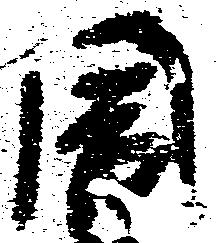
周